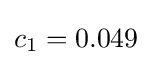
c_{1}=0.049